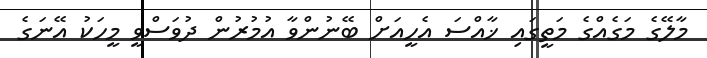
މާލޭގެ މަގެއްގެ މަތީގައި ޚާއްސަ އެހީއަށް ބޭނުންވާ އުމުރުން ދުވަސްވީ މީހަކު އޭނަގެ